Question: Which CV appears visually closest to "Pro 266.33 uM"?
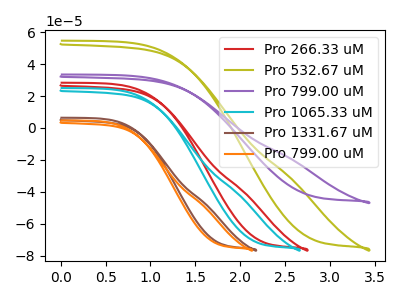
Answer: <think>The red curve "Pro 266.33 uM" has no peaks. The olive curve "Pro 532.67 uM" has no peaks. The purple curve "Pro 799.00 uM" has no peaks. The cyan curve "Pro 1065.33 uM" has no peaks. The brown curve "Pro 1331.67 uM" has no peaks. The orange curve "Pro 799.00 uM" has no peaks.
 Neither "Pro 266.33 uM" or "Pro 532.67 uM" have any peaks. Neither "Pro 266.33 uM" or "Pro 799.00 uM" have any peaks. Neither "Pro 266.33 uM" or "Pro 1065.33 uM" have any peaks. Neither "Pro 266.33 uM" or "Pro 1331.67 uM" have any peaks. Neither "Pro 266.33 uM" or "Pro 799.00 uM" have any peaks. Neither "Pro 532.67 uM" or "Pro 799.00 uM" have any peaks. Neither "Pro 532.67 uM" or "Pro 1065.33 uM" have any peaks. Neither "Pro 532.67 uM" or "Pro 1331.67 uM" have any peaks. Neither "Pro 532.67 uM" or "Pro 799.00 uM" have any peaks. Neither "Pro 799.00 uM" or "Pro 1065.33 uM" have any peaks. Neither "Pro 799.00 uM" or "Pro 1331.67 uM" have any peaks. Neither "Pro 799.00 uM" or "Pro 799.00 uM" have any peaks. Neither "Pro 1065.33 uM" or "Pro 1331.67 uM" have any peaks. Neither "Pro 1065.33 uM" or "Pro 799.00 uM" have any peaks. Neither "Pro 1331.67 uM" or "Pro 799.00 uM" have any peaks.</think>
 <answer>"Pro 266.33 uM", "Pro 799.00 uM", "Pro 1065.33 uM", "Pro 1331.67 uM" and "Pro 799.00 uM" have a similar shape to "Pro 532.67 uM".</answer>
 <eval>"Pro 266.33 uM" "Pro 799.00 uM" "Pro 1065.33 uM" "Pro 1331.67 uM" "Pro 799.00 uM"</eval>